Report on vaccination North-West Frontier Province 1904-1922 - 1904-1922
Year: 1904
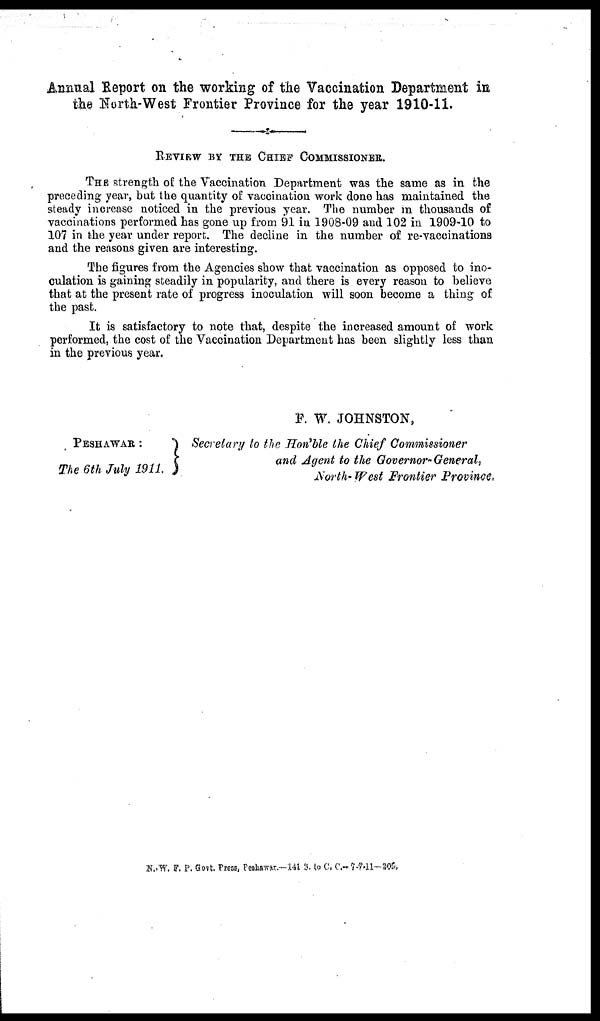
Annual Report on the working of the Vaccination Department in
the North-West Frontier Province for the year 1910-11.
REVIEW BY THE CHIEF COMMISSIONER.
THE strength of the Vaccination Department was the same as in the
preceding year, but the quantity of vaccination work done has maintained the
steady increase noticed in the previous year. The number in thousands of
vaccinations performed has gone up from 91 in 1908-09 and 102 in 1909-10 to
107 in the year under report. The decline in the number of re-vaccinations
and the reasons given are interesting.
The figures from the Agencies show that vaccination as opposed to ino-
culation is gaining steadily in popularity, and there is every reason to believe
that at the present rate of progress inoculation will soon become a thing of
the past.
It is satisfactory to note that, despite the increased amount of work
performed, the cost of the Vaccination Department has been slightly less than
in the previous year.
PESHAWAR :
The 6th July 1911.
F. W. JOHNSTON,
Secretary to the Hon'ble the Chief Commissioner
and Agent to the Governor- General,
North- West Frontier Province.